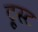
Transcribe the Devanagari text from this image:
ट्रूस्ट